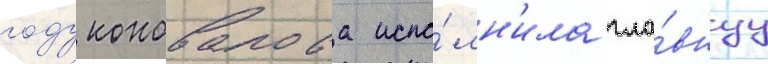
году коновалова испо́лн'ила гла́внуу